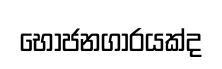
භෝජනගාරයක්ද